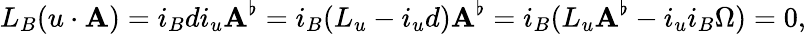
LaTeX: L_{B}(u\cdot\mathbf{A})=i_{B}di_{u}\mathbf{A}^{\flat}=i_{B}(L_{u}-i_{u}d)\mathbf{A}^{\flat}=i_{B}(L_{u}\mathbf{A}^{\flat}-i_{u}i_{B}\Omega)=0,